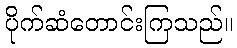
ပိုက်ဆံတောင်းကြသည်။